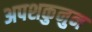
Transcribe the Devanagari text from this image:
अपशकुनुन